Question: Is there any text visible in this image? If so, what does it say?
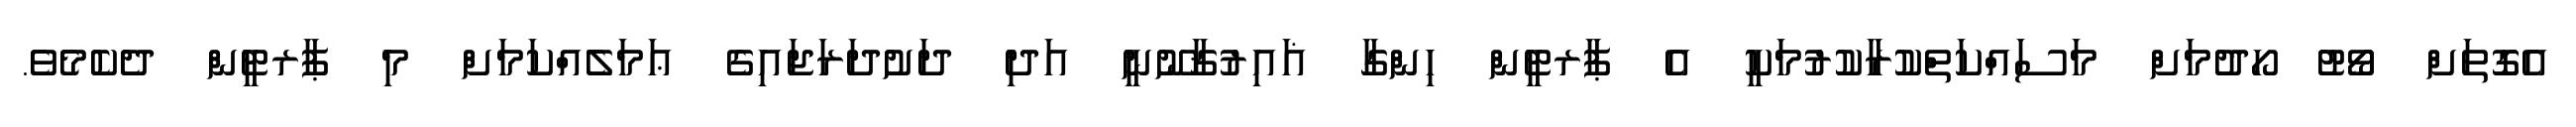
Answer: އެގޮތަށް ވޯޓު ހޯދުމަށް މަސައްކަތްކުރާކުރުމަކީ އެ ޕާރޓީން ހިންގާ ޣައިރުޤާނޫނީ އަދި ދަށުދަރަޖައިގެ ޢަމަލެއްކަމަށް މި ޕާރޓީން ދެކެމެވެ.